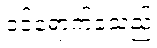
ဝင်ရောက်ခဲ့သည်